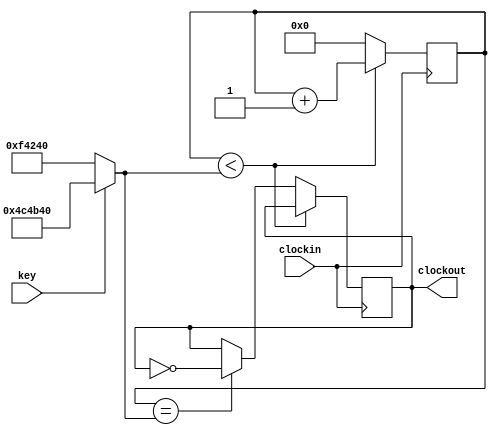
module clkdiv(
    input clockin,
	 input key,
    output clockout
);

reg clock = 0;
reg [24:0] count = 0;
wire [24:0] div = key ? 5_000_000 : 1_000_000; // 5 million and 1 million for 1 Hz and 5 Hz, testbench uses 5 and 1

always @(posedge clockin)
begin
    if (count < div)
        count <= count + 1;
    else if (count == div)
    begin
        clock = ~clock;
        count = 0;
    end
    else
        count = 0;
end

assign clockout = clock;

endmodule